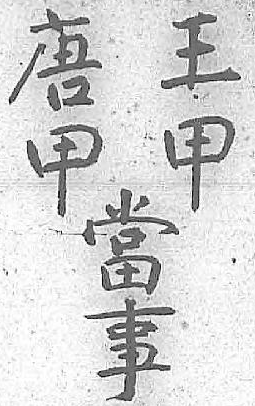
唐王當甲甲事